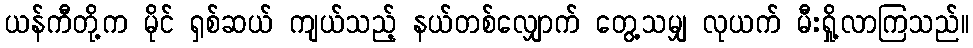
ယန်ကီတို့က မိုင် ရှစ်ဆယ် ကျယ်သည့် နယ်တစ်လျှောက် တွေ့သမျှ လုယက် မီးရှို့လာကြသည်။